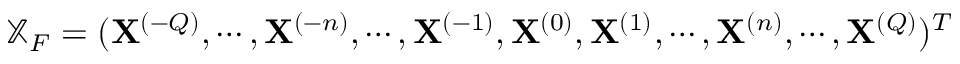
\mathbb { X } _ { F } = ( \mathbf { X } ^ { ( - Q ) } , \allowbreak \cdots , \allowbreak \mathbf { X } ^ { ( - n ) } , \allowbreak \cdots , \allowbreak \mathbf { X } ^ { ( - 1 ) } , \allowbreak \mathbf { X } ^ { ( 0 ) } , \allowbreak \mathbf { X } ^ { ( 1 ) } , \allowbreak \cdots , \mathbf { X } ^ { ( n ) } , \allowbreak \cdots , \allowbreak \mathbf { X } ^ { ( Q ) } ) ^ { T }